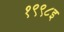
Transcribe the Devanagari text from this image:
१९९८इ